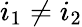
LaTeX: i_{1}\neq i_{2}